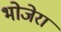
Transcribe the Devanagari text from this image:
भोजेरा